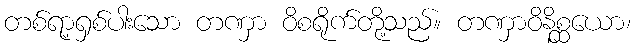
တစ်ရာ့ရှစ်ပါးသော တဏှာ ဝိစရိုက်တို့သည်။ တဏှာဝိနိစ္ဆယော၊